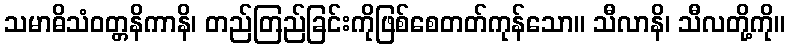
သမာဓိသံဝတ္တနိကာနိ၊ တည်တြည်ခြင်းကိုဖြစ်စေတတ်ကုန်သော။ သီလာနိ၊ သီလတို့ကို။